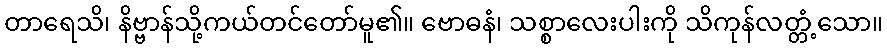
တာရေသိ၊ နိဗ္ဗာန်သို့ကယ်တင်တော်မူ၏။ ဗောဓနံ၊ သစ္စာလေးပါးကို သိကုန်လတ္တံ့သော။